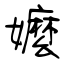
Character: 嬤